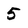
Character: 5